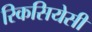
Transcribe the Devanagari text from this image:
रिकसियेसी